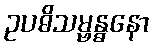
ဥပဓိသမ္ဗန္ဓနော